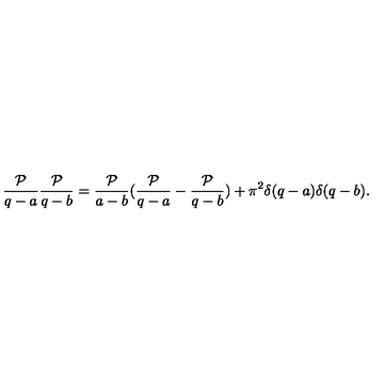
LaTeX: \frac { { \cal P } } { q - a } \frac { { \cal P } } { q - b } = \frac { { \cal P } } { a - b } ( \frac { { \cal P } } { q - a } - \frac { { \cal P } } { q - b } ) + \pi ^ { 2 } \delta ( q - a ) \delta ( q - b ) .